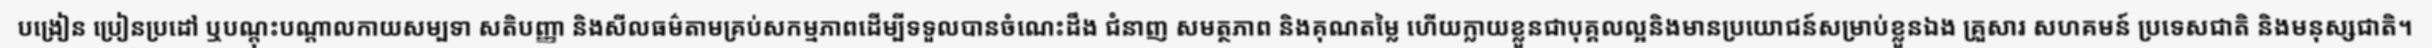
បង្រៀន ប្រៀនប្រដៅ ឬបណ្តុះបណ្តាលកាយសម្បទា សតិបញ្ញា និងសីលធម៌តាមគ្រប់សកម្មភាពដើម្បីទទួលបានចំណេះដឹង ជំនាញ សមត្ថភាព និងគុណតម្លៃ ហើយក្លាយខ្លួនជាបុគ្គលល្អនិងមានប្រយោជន៍សម្រាប់ខ្លួនឯង គ្រួសារ សហគមន៍ ប្រទេសជាតិ និងមនុស្សជាតិ។